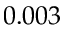
0 . 0 0 3